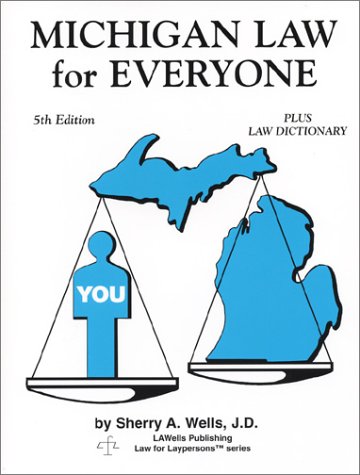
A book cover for Michigan Law for Everyone: Plus Law Dictionary; Sherry A. Wells; Law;